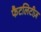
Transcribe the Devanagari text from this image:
फैटलिटीज़